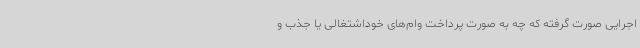
اجرایی صورت گرفته که چه به صورت پرداخت وام‌های خوداشتغالی یا جذب و